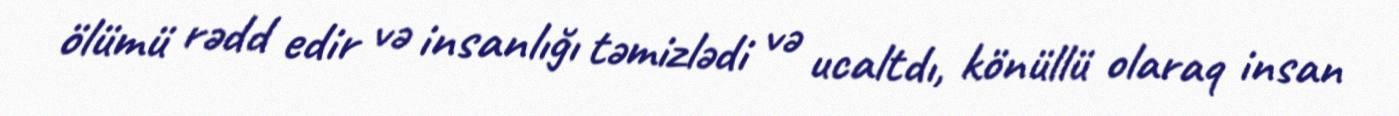
ölümü rədd edir və insanlığı təmizlədi və ucaltdı, könüllü olaraq insan